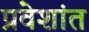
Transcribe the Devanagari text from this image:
प्रवेशांत